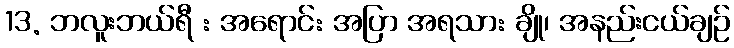
13. ဘလူးဘယ်ရီ : အရောင်: အပြာ အရသာ: ချို၊ အနည်းငယ်ချဉ်